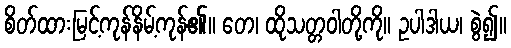
စိတ်ထားမြင့်ကုန်နိမ့်ကုန်၏။ တေ၊ ထိုသတ္တဝါတို့ကို။ ဥပါဒါယ၊ စွဲ၍။